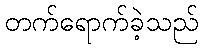
တက်ရောက်ခဲ့သည်